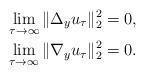
LaTeX: \begin{align*}\lim_{\tau\to\infty}\|\Delta_{y} u_{\tau}\|^2_{2}=0, \\\lim_{\tau\to\infty}\|\nabla_{y} u_{\tau}\|^2_{2}=0.\end{align*}